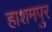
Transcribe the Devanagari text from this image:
हाशमपुर